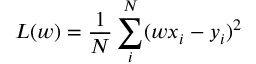
L ( w ) = \frac { 1 } { N } \sum _ { i } ^ { N } ( w x _ { i } - y _ { i } ) ^ { 2 }